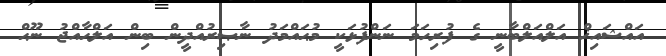
އައްޝައިޚް އަލްއަލްބާނީ ގެ ފުރިހަމަ ނަންފުޅަކީ މުޙައްމަދު ނާޞިރުއްދީން ބިން އަލްޙާއްޖު ނޫޙް